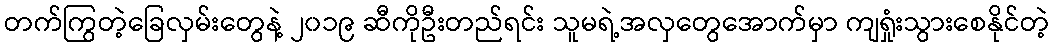
တက်ကြွတဲ့ခြေလှမ်းတွေနဲ့ ၂၀၁၉ ဆီကိုဦးတည်ရင်း သူမရဲ့အလှတွေအောက်မှာ ကျရှုံးသွားစေနိုင်တဲ့